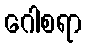
ဂေါစရာ